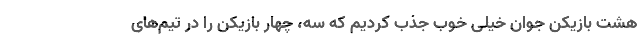
هشت بازیکن جوان خیلی خوب جذب کردیم که سه، چهار بازیکن را در تیم‌های